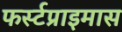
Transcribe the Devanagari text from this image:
फर्स्टप्राइमास